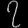
Digit: ၇